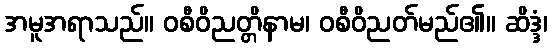
အမူအရာသည်။ ဝစီဝိညတ္တိနာမ၊ ဝစီဝိညတ်မည်၏။ ဆိဒ္ဒံ၊